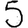
Digit: 5